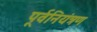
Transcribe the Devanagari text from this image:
पूर्वनियंत्रण